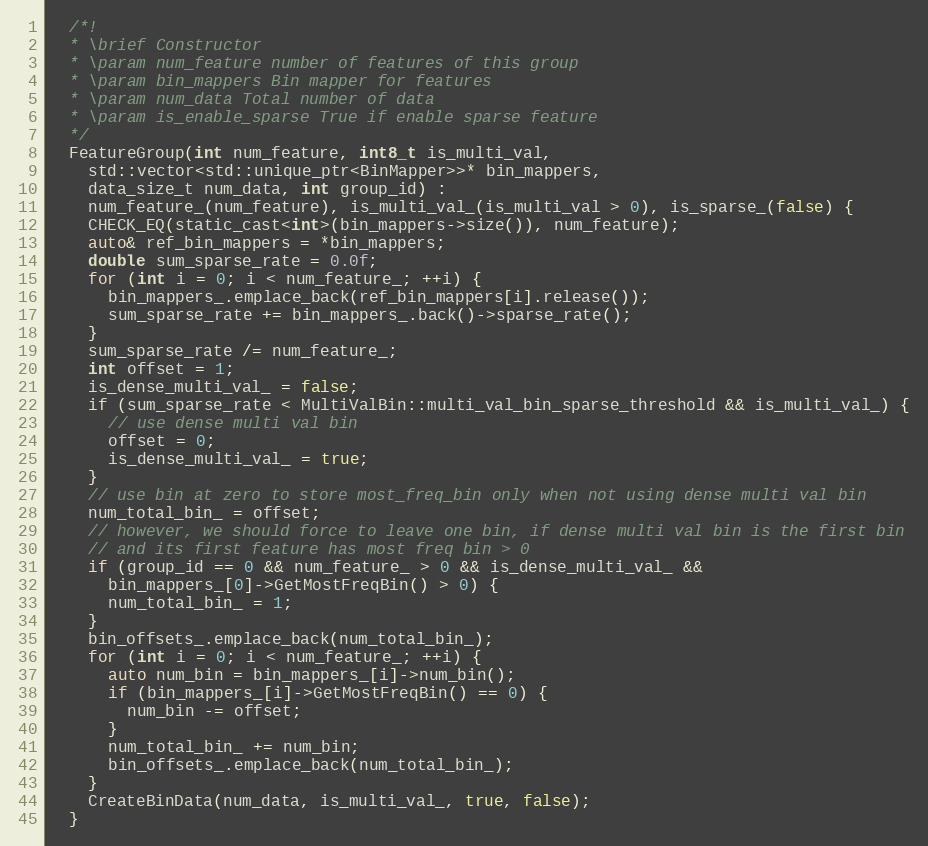
Language: C
  /*!
  * \brief Constructor
  * \param num_feature number of features of this group
  * \param bin_mappers Bin mapper for features
  * \param num_data Total number of data
  * \param is_enable_sparse True if enable sparse feature
  */
  FeatureGroup(int num_feature, int8_t is_multi_val,
    std::vector<std::unique_ptr<BinMapper>>* bin_mappers,
    data_size_t num_data, int group_id) :
    num_feature_(num_feature), is_multi_val_(is_multi_val > 0), is_sparse_(false) {
    CHECK_EQ(static_cast<int>(bin_mappers->size()), num_feature);
    auto& ref_bin_mappers = *bin_mappers;
    double sum_sparse_rate = 0.0f;
    for (int i = 0; i < num_feature_; ++i) {
      bin_mappers_.emplace_back(ref_bin_mappers[i].release());
      sum_sparse_rate += bin_mappers_.back()->sparse_rate();
    }
    sum_sparse_rate /= num_feature_;
    int offset = 1;
    is_dense_multi_val_ = false;
    if (sum_sparse_rate < MultiValBin::multi_val_bin_sparse_threshold && is_multi_val_) {
      // use dense multi val bin
      offset = 0;
      is_dense_multi_val_ = true;
    }
    // use bin at zero to store most_freq_bin only when not using dense multi val bin
    num_total_bin_ = offset;
    // however, we should force to leave one bin, if dense multi val bin is the first bin
    // and its first feature has most freq bin > 0
    if (group_id == 0 && num_feature_ > 0 && is_dense_multi_val_ &&
      bin_mappers_[0]->GetMostFreqBin() > 0) {
      num_total_bin_ = 1;
    }
    bin_offsets_.emplace_back(num_total_bin_);
    for (int i = 0; i < num_feature_; ++i) {
      auto num_bin = bin_mappers_[i]->num_bin();
      if (bin_mappers_[i]->GetMostFreqBin() == 0) {
        num_bin -= offset;
      }
      num_total_bin_ += num_bin;
      bin_offsets_.emplace_back(num_total_bin_);
    }
    CreateBinData(num_data, is_multi_val_, true, false);
  }